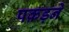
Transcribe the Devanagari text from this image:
पक़ड़ने